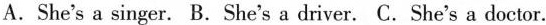
A.She's a singer. B.She's a driver. C.She's a doctor.